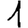
Digit: 1